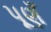
પૂણઁ